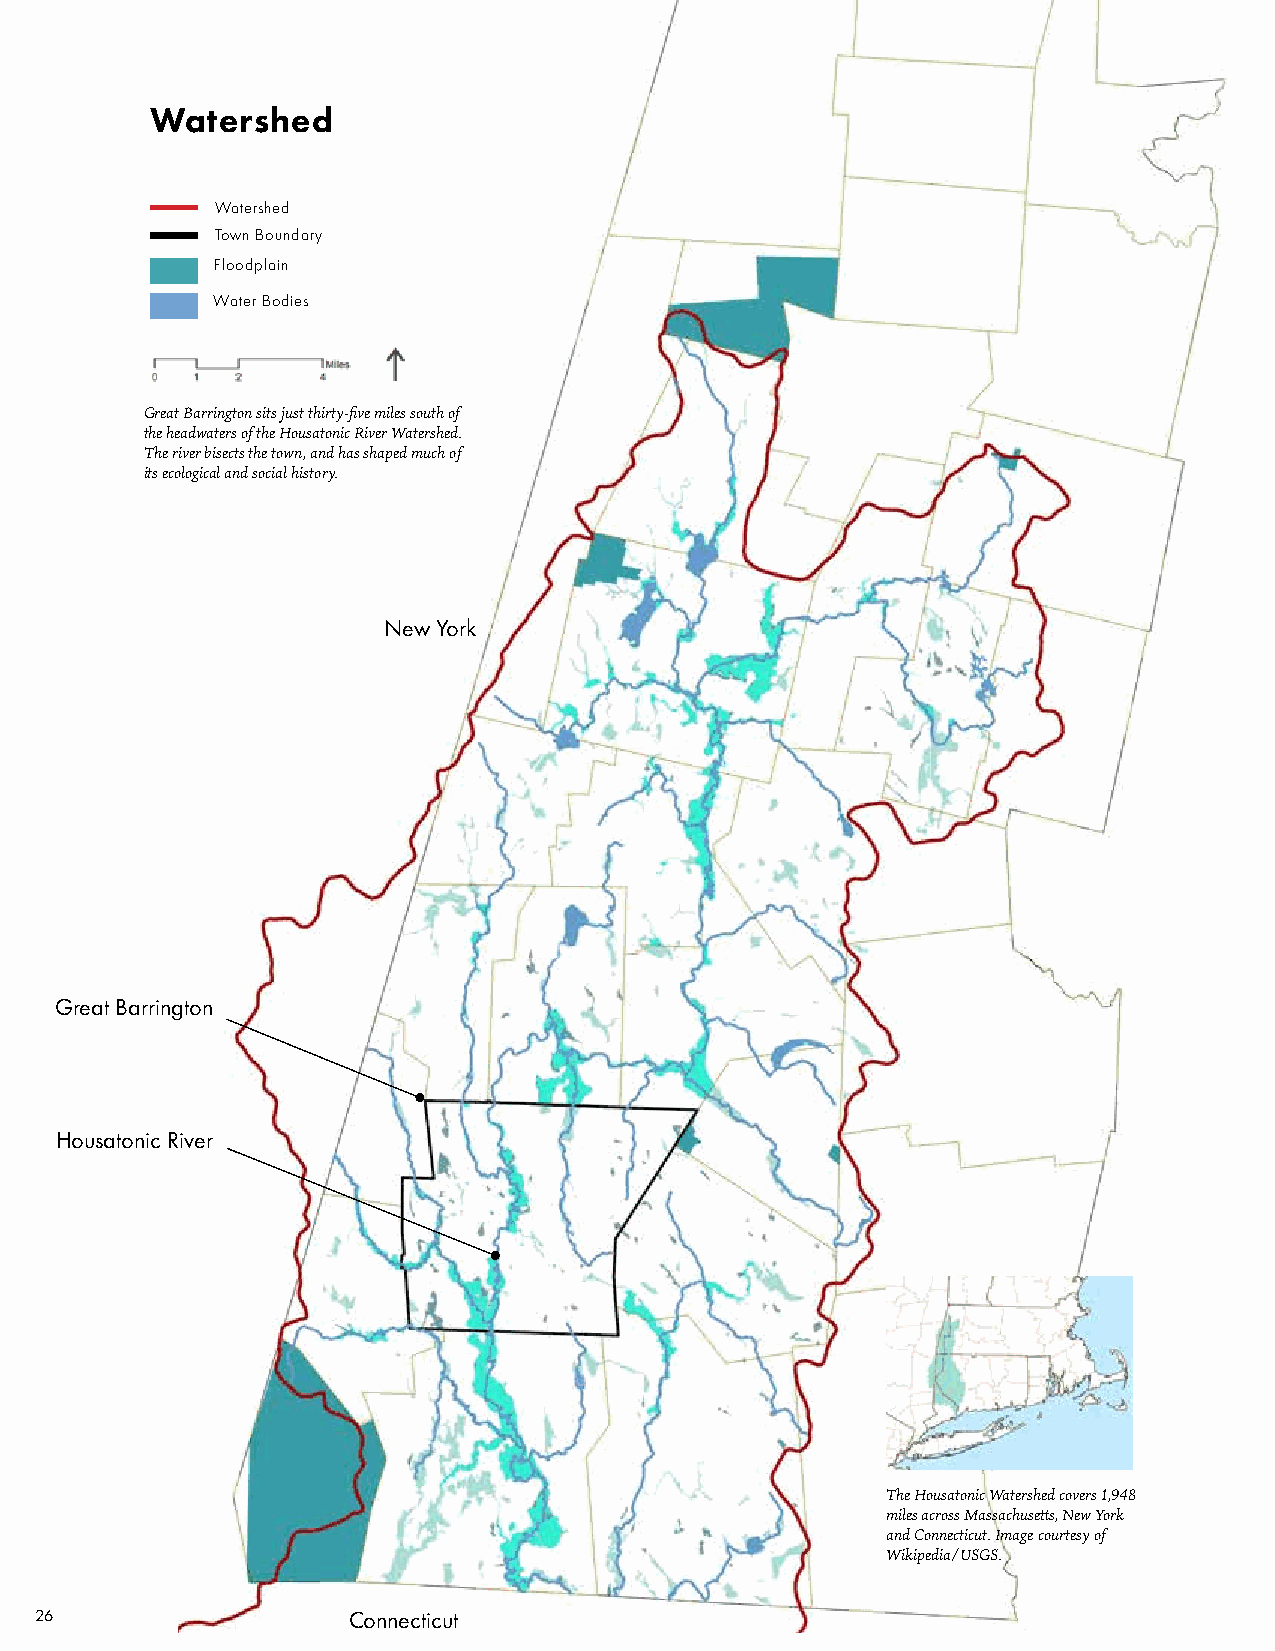
Watershed
 Watershed
 Town Boundary
 Floodplain
 Water Bodies
 Great Barrington sits just thirty-five miles south of
 the headwaters of the Housatonic River Watershed.
 The river bisects the town, and has shaped much of
 its ecological and social history.
 New York
 Great Barrington
 Housatonic River
 The Housatonic Watershed covers 1,948
 miles across Massachusetts, New York
 and Connecticut. Image courtesy of
 Wikipedia/USGS.
 26                   Connecticut